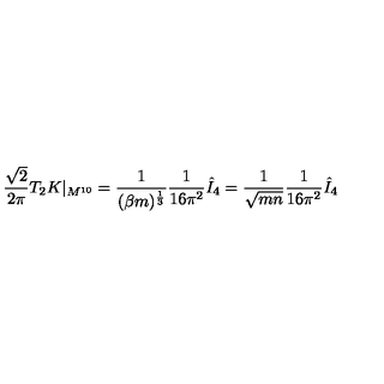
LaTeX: \frac { \sqrt { 2 } } { 2 \pi } T _ { 2 } K | _ { M ^ { 1 0 } } = \frac { 1 } { ( \beta m ) ^ { \frac { 1 } { 3 } } } \frac { 1 } { 1 6 \pi ^ { 2 } } \hat { I } _ { 4 } = \frac { 1 } { \sqrt { m n } } \frac { 1 } { 1 6 \pi ^ { 2 } } \hat { I } _ { 4 }